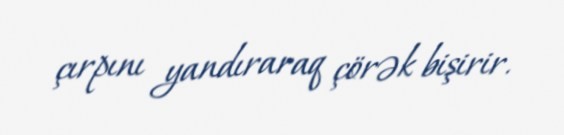
çırpını yandıraraq çörək bişirir.